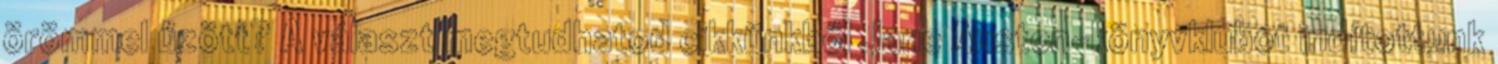
örömmel űzött? A választ megtudhatod cikkünkből Jane Austen-könyvklubot indítottunk